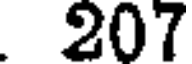
207